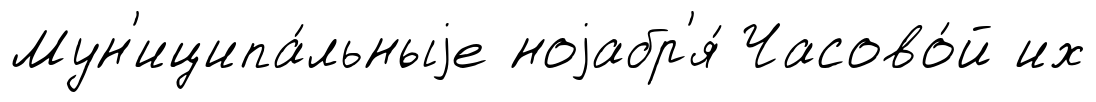
Мун'иципа́льныjе ноjабр'я́ Часово́й их